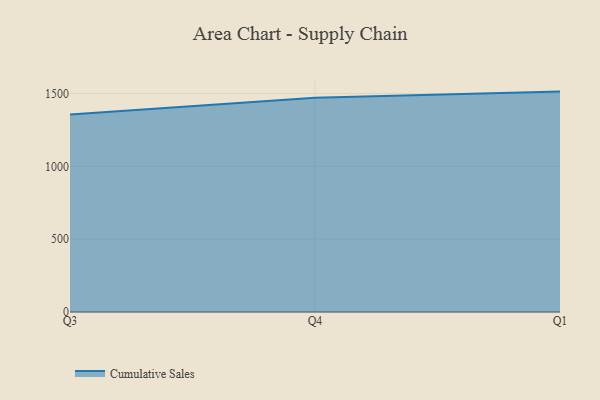
{"axis": {"x": "Quarter", "y": "Latency (ms)"}, "legend": ["Cumulative Sales"], "data": [{"x": "Q3", "y": 1355.8, "type": "Cumulative Sales"}, {"x": "Q4", "y": 1470.2, "type": "Cumulative Sales"}, {"x": "Q1", "y": 1513.0, "type": "Cumulative Sales"}]}